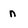
Character: n